Leaving Certificate Examination, 1910
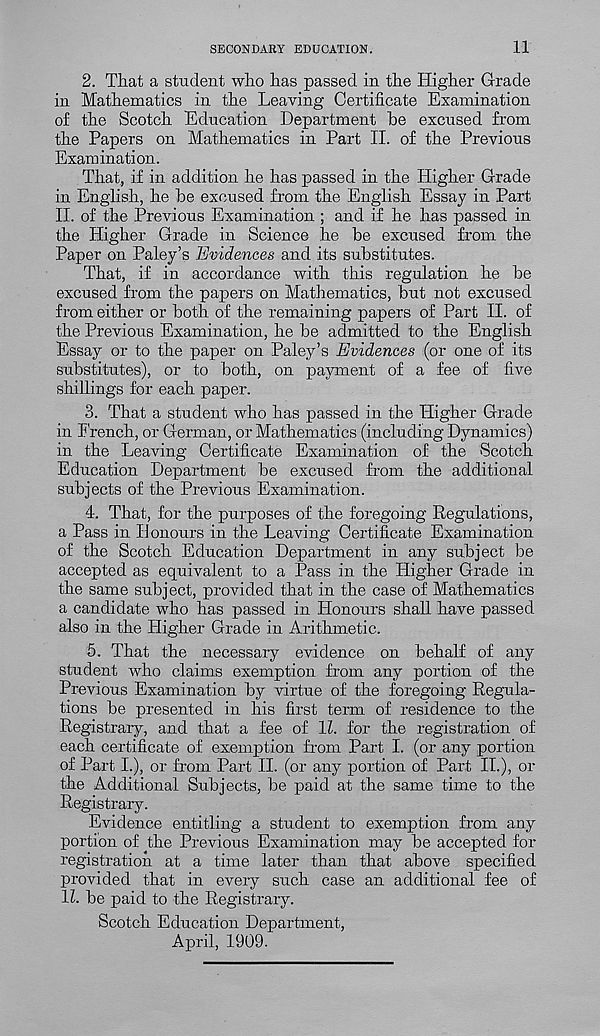
SECONDARY EDUCATION.
11
2. That a student who has passed in the Higher Grade
in Mathematics in the Leaving Certificate Examination
of the Scotch Education Department he excused from
the Papers on Mathematics in Part II. of the Previous
Examination.
That, if in addition he has passed in the Higher Grade
in English, he he excused from the English Essay in Part
II. of the Previous Examination ; and if he has passed in
the Higher Grade in Science he be excused from the
Paper on Paley’s Evidences and its substitutes.
That, if in accordance with this regulation he be
excused from the papers on Mathematics, but not excused
from either or both of the remaining papers of Part II. of
the Previous Examination, he be admitted to the English
Essay or to the paper on Paley’s Evidences (or one of its
substitutes), or to both, on payment of a fee of five
shillings for each paper.
3. That a student who has passed in the Higher Grade
in French, or German, or Mathematics (including Dynamics)
in the Leaving Certificate Examination of the Scotch
Education Department be excused from the additional
subjects of the Previous Examination.
4. That, for the purposes of the foregoing Regulations,
a Pass in Honours in the Leaving Certificate Examination
of the Scotch Education Department in any subject be
accepted as equivalent to a Pass in the Higher Grade in
the same subject, provided that in the case of Mathematics
a candidate who has passed in Honours shall have passed
also in the Higher Grade in Arithmetic.
5. That the necessary evidence on behalf of any
student who claims exemption from any portion of the
Previous Examination by virtue of the foregoing Regula-
tions be presented in his first term of residence to the
Registrary, and that a fee of 1L for the registration of
each certificate of exemption from Part I. (or any portion
of Part I.), or from Part II. (or any portion of Part II.), or
the Additional Subjects, be paid at the same time to the
Registrary.
Evidence entitling a student to exemption from any
portion of jhe Previous Examination may be accepted for
registration at a time later than that above specified
provided that in every such case an additional fee of
11. be paid to the Registrary.
Scotch Education Department,
April, 1909.